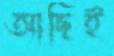
আছিই